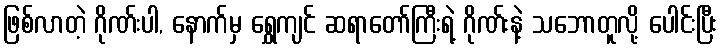
ဖြစ်လာတဲ့ ဂိုဏ်းပါ, နောက်မှ ရွှေကျင် ဆရာတော်ကြီးရဲ့ ဂိုဏ်းနဲ့ သဘောတူလို့ ပေါင်းပြီး